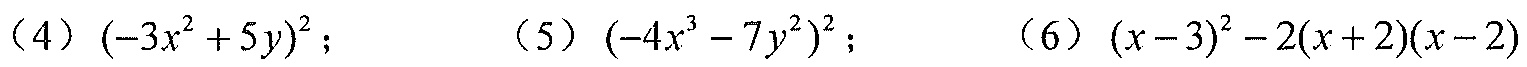
（4）\((-3x^{2}+5y)^{2}\)； （5）\((-4x^{3}-7y^{2})^{2}\)； （6）\((x - 3)^{2}-2(x + 2)(x - 2)\)